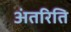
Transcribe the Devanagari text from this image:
अंतरिति